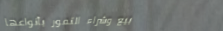
بيع وشراء التمور بأنواعها